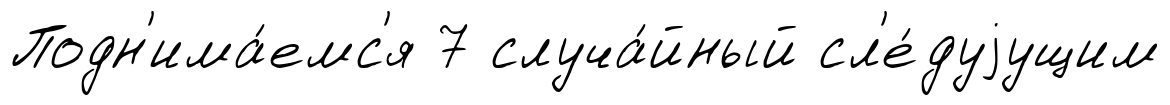
Подн'има́емс'я 7 случа́йный сл'е́дуjущим